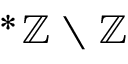
^ { * } \mathbb { Z } \setminus \mathbb { Z }